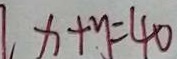
x + y = 4 0